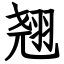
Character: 翘